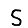
Digit: 5